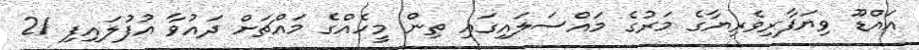
އައްޑޫ ވިޔަފާރިވެރިޔާގެ މަރުގެ މައްސަލައިގައި ތިން މީހެއްގެ މައްޗަށް ދައުވާ އުފުލައިފި 21